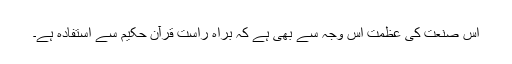
اس صنعت کی عظمت اس وجہ سے بھی ہے کہ براہ راست قرآن حکیم سے استفادہ ہے۔